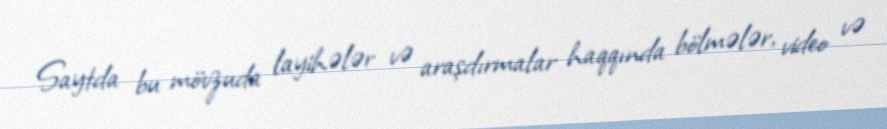
Saytda bu mövzuda layihələr və araşdırmalar haqqında bölmələr, video və